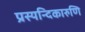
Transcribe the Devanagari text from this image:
प्रस्यन्दिकारुणि